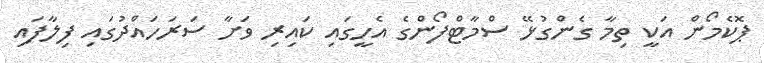
ޕޮކެމޯން އަކީ ތިމާ ގެންގުޅޭ ސްމާޓްފޯންގެ އެހީގައި ކައިރި ވަށާ ސަރަހައްދުގައި ފިލާފައި